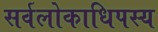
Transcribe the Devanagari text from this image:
सर्वलोकाधिपस्य